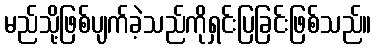
မည်သို့ဖြစ်ပျက်ခဲ့သည်ကိုရှင်းပြခြင်းဖြစ်သည်။